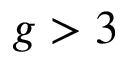
g > 3